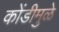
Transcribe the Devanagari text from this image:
कोंडीमुळे